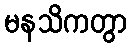
မနသိကတွာ